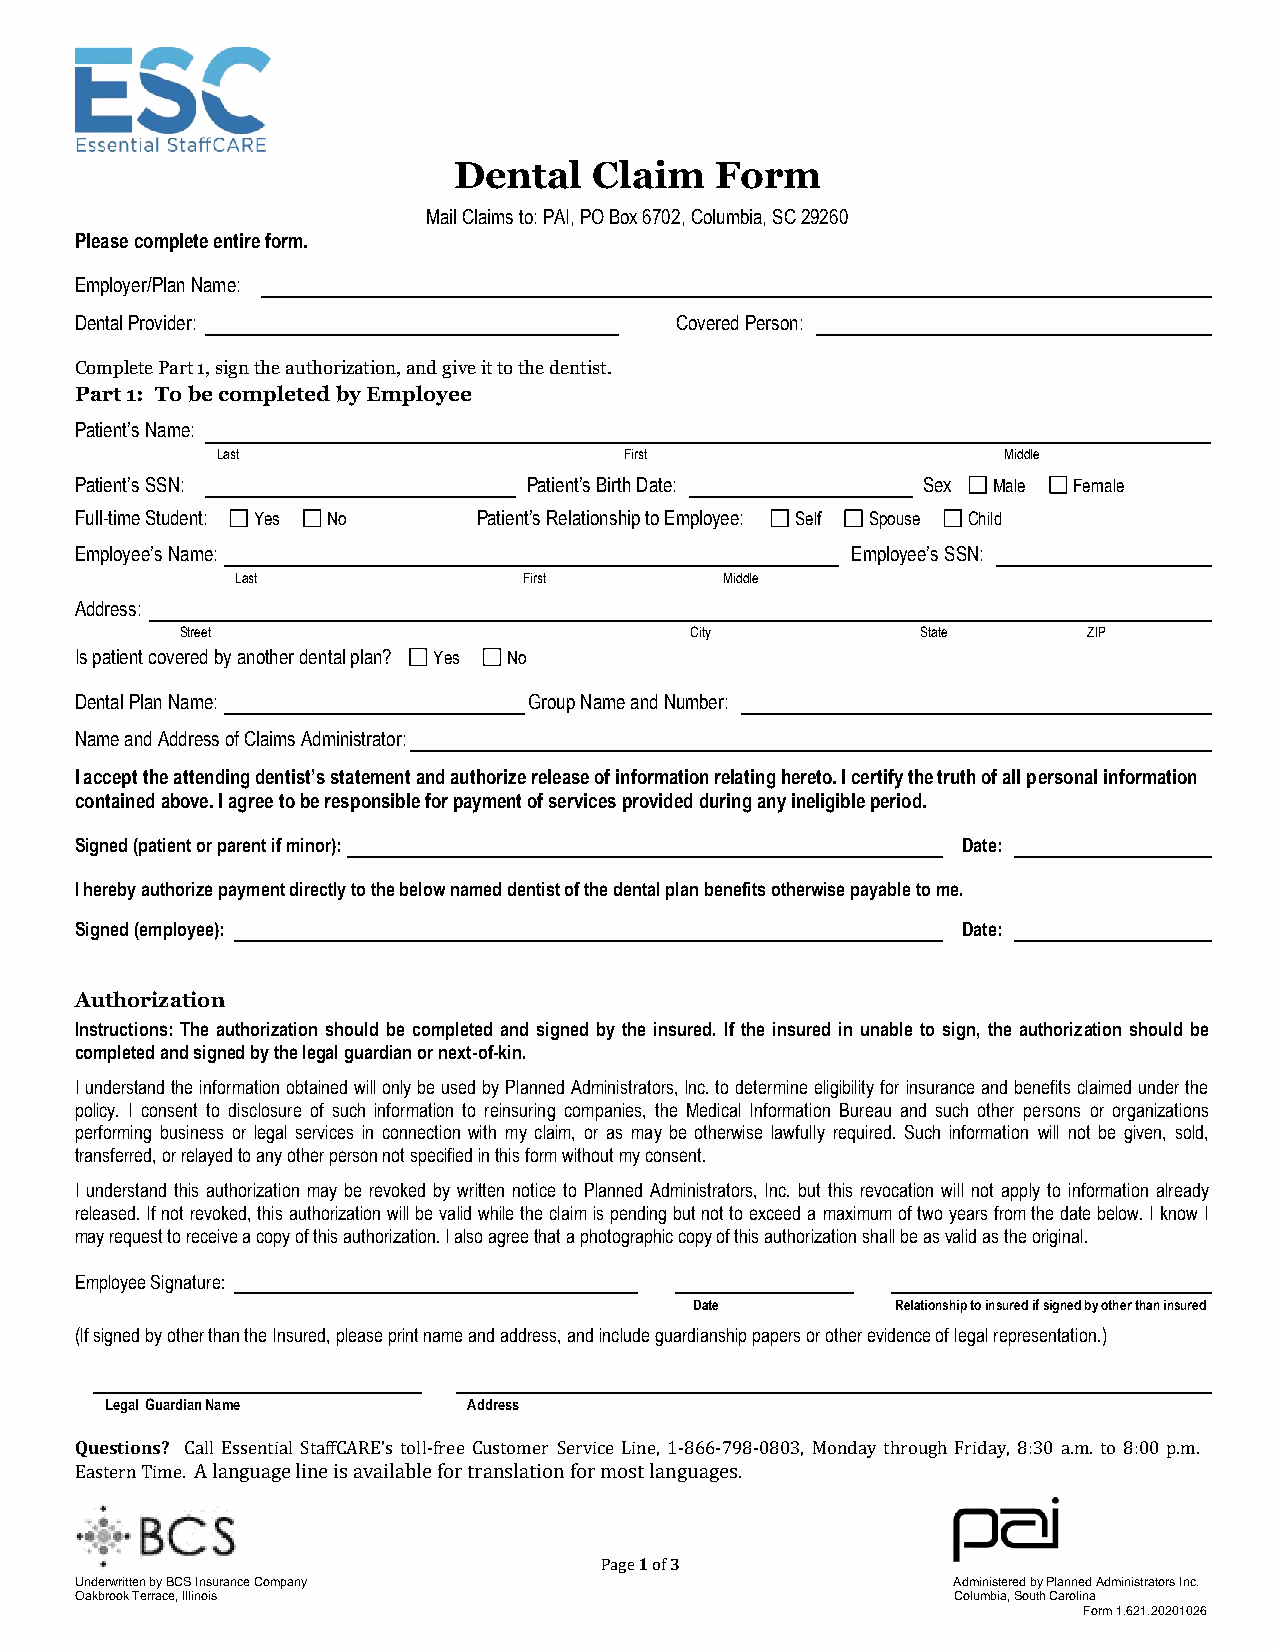
Dental   Claim   Form
 Mail Claims to: PAI, PO Box 6702, Columbia, SC 29260
 Please complete entire form.
 Employer/Plan Name:
 Dental Provider:                        Covered Person:
 Complete Part 1, sign the authorization, and give it to the dentist.
 Part 1: To be completed by Employee
 Patient’s Name:
 Last                       First                    Middle
 Patient’s SSN:                Patient’s Birth Date:     Sex  Male Female
 Full-time Student: Yes No  Patient’s Relationship to Employee: Self Spouse Child
 Employee’s Name:                                   Employee’s SSN:
 Last               First        Middle
 Address:
 Street                            City           State      ZIP
 Is patient covered by another dental plan? Yes No
 Dental Plan Name:             Group Name and Number:
 Name and Address of Claims Administrator:
 I accept the attending dentist’s statement and authorize release of information relating hereto. I certify the truth of all personal information
 contained above. I agree to be responsible for payment of services provided during any ineligible period.
 Signed (patient or parent if minor):                       Date:
 I hereby authorize payment directly to the below named dentist of the dental plan benefits otherwise payable to me.
 Signed (employee):                                         Date:
 Authorization
 Instructions: The authorization should be completed and signed by the insured. If the insured in unable to sign, the authorization should be
 completed and signed by the legal guardian or next-of-kin.
 I understand the information obtained will only be used by Planned Administrators, Inc. to determine eligibility for insurance and benefits claimed under the
 policy. I consent to disclosure of such information to reinsuring companies, the Medical Information Bureau and such other persons or organizations
 performing business or legal services in connection with my claim, or as may be otherwise lawfully required. Such information will not be given, sold,
 transferred, or relayed to any other person not specified in this form without my consent.
 I understand this authorization may be revoked by written notice to Planned Administrators, Inc. but this revocation will not apply to information already
 released. If not revoked, this authorization will be valid while the claim is pending but not to exceed a maximum of two years from the date below. I know I
 may request to receive a copy of this authorization. I also agree that a photographic copy of this authorization shall be as valid as the original.
 Employee Signature:
 Date         Relationship to insured if signed by other than insured
 (If signed by other than the Insured, please print name and address, and include guardianship papers or other evidence of legal representation.)
 Legal Guardian Name     Address
 Questions? Call Essential StaffCARE’s toll-free Customer Service Line, 1-866-798-0803, Monday through Friday, 8:30 a.m. to 8:00 p.m.
 Eastern Time. A language line is available for translation for most languages.
 Page 1 of 3
 Underwritten by BCS Insurance Company                     Administered by Planned Administrators Inc.
 Oakbrook Terrace, Illinois                                Columbia, South Carolina
 Form 1.621.20201026